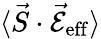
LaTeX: \langle\vec{S}\cdot\mathcal{\vec{E}}_{\mathrm{eff}}\rangle